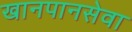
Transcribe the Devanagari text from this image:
खानपानसेवा